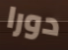
دورا